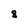
Character: 8